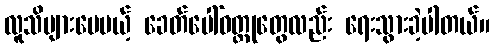
လူသိများပေမယ့် ခေတ်ပေါ်ဝတ္ထုတွေလည်း ရေးသွားခဲ့ပါတယ်။